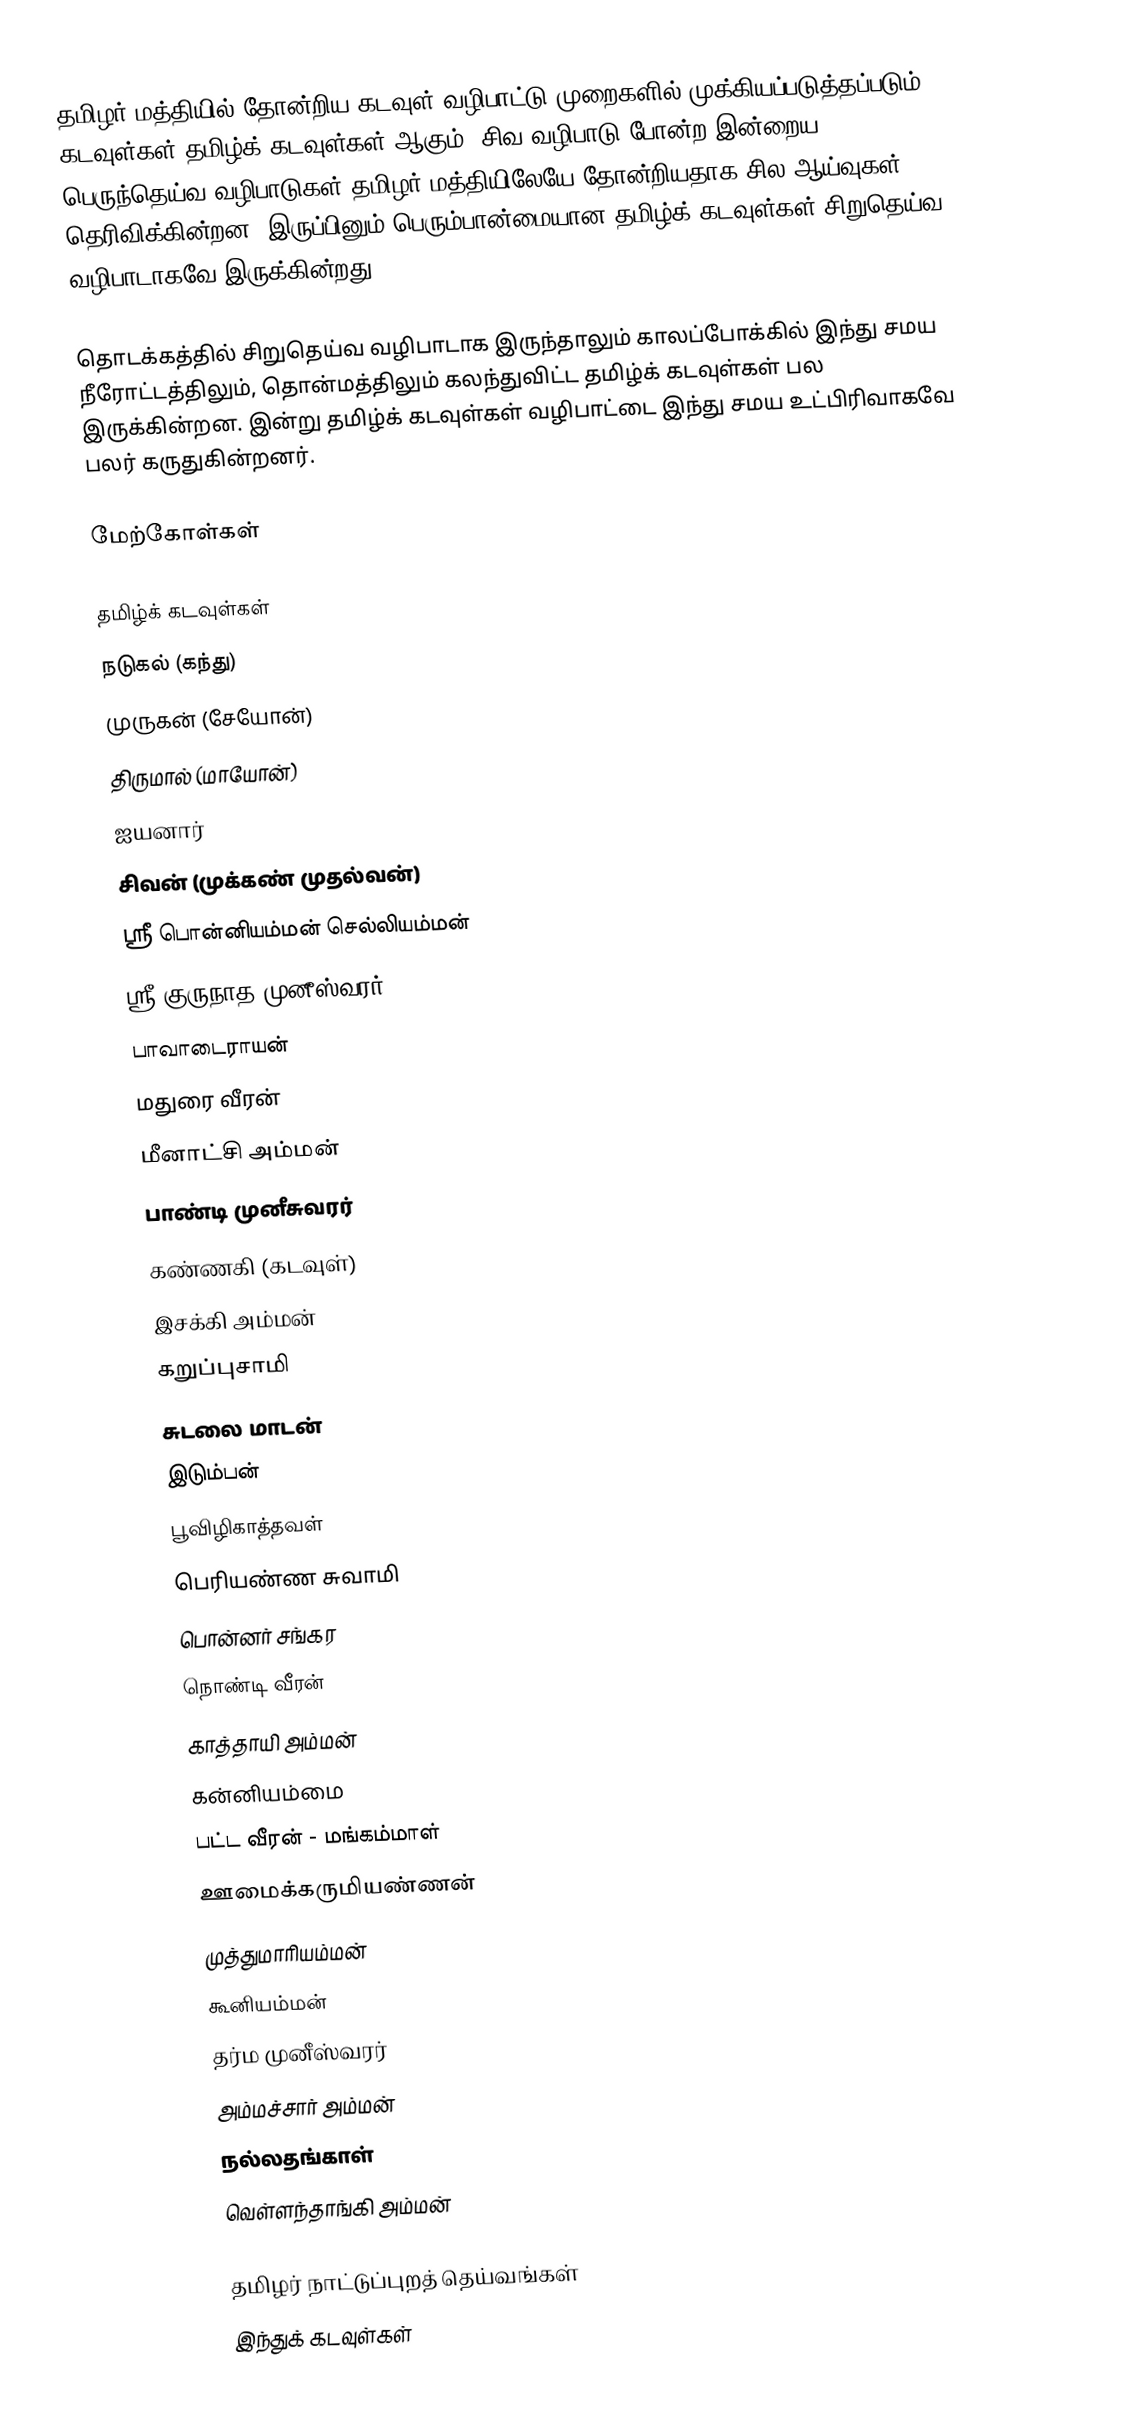
தமிழர் மத்தியில் தோன்றிய கடவுள் வழிபாட்டு முறைகளில் முக்கியப்படுத்தப்படும் கடவுள்கள் தமிழ்க் கடவுள்கள் ஆகும்.  சிவ வழிபாடு போன்ற இன்றைய பெருந்தெய்வ வழிபாடுகள் தமிழர் மத்தியிலேயே தோன்றியதாக சில ஆய்வுகள் தெரிவிக்கின்றன.  இருப்பினும் பெரும்பான்மையான தமிழ்க் கடவுள்கள் சிறுதெய்வ வழிபாடாகவே இருக்கின்றது.

தொடக்கத்தில் சிறுதெய்வ வழிபாடாக இருந்தாலும் காலப்போக்கில் இந்து சமய நீரோட்டத்திலும், தொன்மத்திலும் கலந்துவிட்ட தமிழ்க் கடவுள்கள் பல இருக்கின்றன.  இன்று தமிழ்க் கடவுள்கள் வழிபாட்டை இந்து சமய உட்பிரிவாகவே பலர் கருதுகின்றனர்.

மேற்கோள்கள்

தமிழ்க் கடவுள்கள்
 நடுகல் (கந்து)
 முருகன் (சேயோன்)
 திருமால் (மாயோன்)
 ஐயனார்
 சிவன் (முக்கண் முதல்வன்)
ஸ்ரீ பொன்னியம்மன் செல்லியம்மன்
ஸ்ரீ குருநாத முனீஸ்வரர்
 பாவாடைராயன்
 மதுரை வீரன்
மீனாட்சி அம்மன்
 பாண்டி முனீசுவரர்
 கண்ணகி (கடவுள்)
 இசக்கி அம்மன்
 கறுப்புசாமி
 சுடலை மாடன்
 இடும்பன்
 பூவிழிகாத்தவள்
 பெரியண்ண சுவாமி
 பொன்னர் சங்கர
 நொண்டி வீரன்
 காத்தாயி அம்மன்
 கன்னியம்மை
 பட்ட வீரன் - மங்கம்மாள்
 ஊமைக்கருமியண்ணன்
முத்துமாரியம்மன்
கூனியம்மன்
தர்ம முனீஸ்வரர்
அம்மச்சார் அம்மன்
நல்லதங்காள்
வெள்ளந்தாங்கி அம்மன்

தமிழர் நாட்டுப்புறத் தெய்வங்கள்
இந்துக் கடவுள்கள்